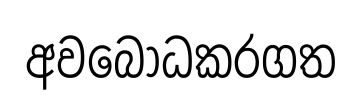
අවබෝධකරගත